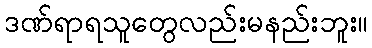
ဒဏ်ရာရသူတွေလည်းမနည်းဘူး။